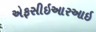
એફસીઇઆરઆઇ